Scottish Leaving Certificate Examination, 1959
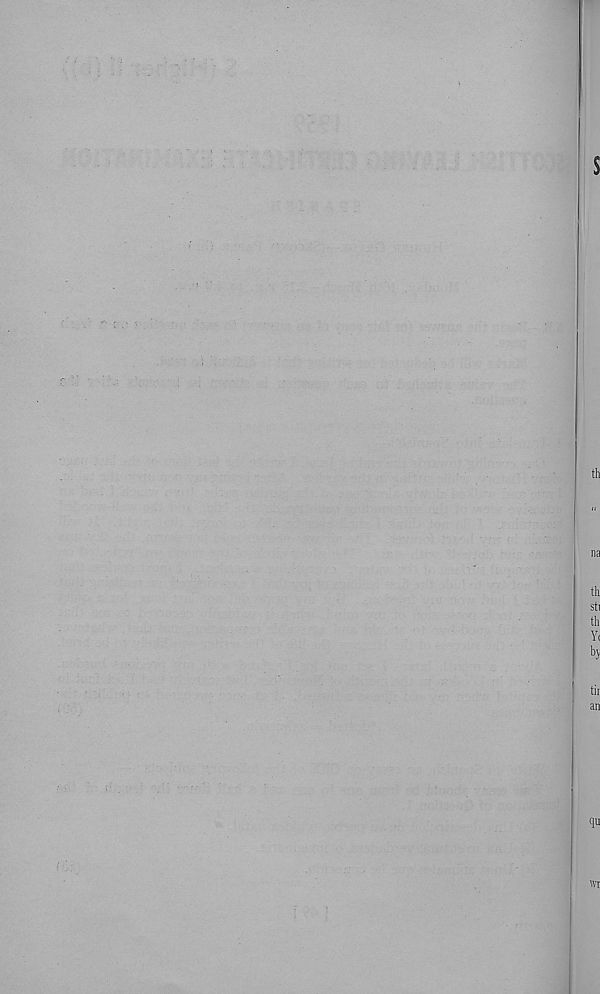
s
th
na
th
sti
th
Yi
bj
an
wr